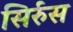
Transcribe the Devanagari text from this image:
सिर्रुस